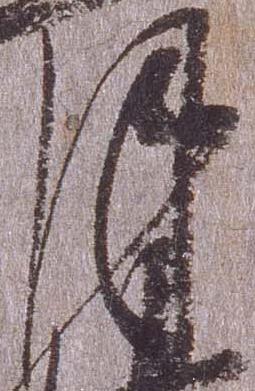
月